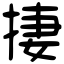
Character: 捿